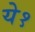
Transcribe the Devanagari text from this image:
ये१